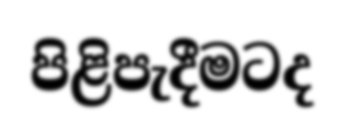
පිළිපැදීමටද